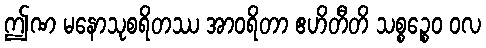
ဤဏ မနောသုစရိတဿ အာဝရိတာ ဧဟိတီတိ သစ္စဉ္စေဝ ဝလ